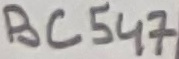
Text: BC547